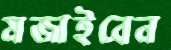
মজাইবেন